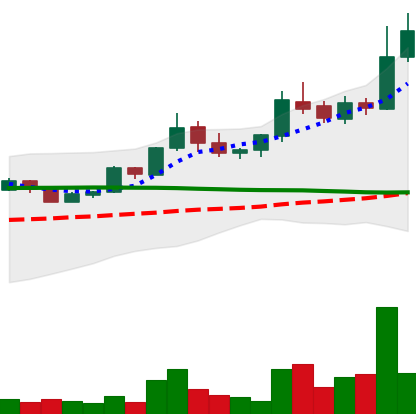
Ticker: BTC-USD
Chart end date: 2015-07-11
Forward return: -5.126%
Label: down_5_7